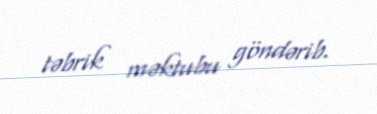
təbrik məktubu göndərib.